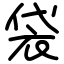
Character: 袋